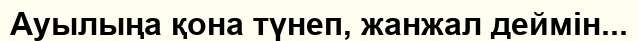
Ауылыңа қона түнеп, жанжал деймін...